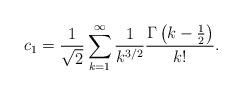
LaTeX: \begin{align*}c_1 = \frac{1}{\sqrt{2}}\sum_{k=1}^{\infty} \frac{1}{k^{3/2}}\frac{\Gamma\left(k-\frac{1}{2}\right)}{k!}.\end{align*}